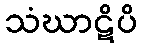
သံဃာဋိပိ